Scottish Leaving Certificate Examination, 1956
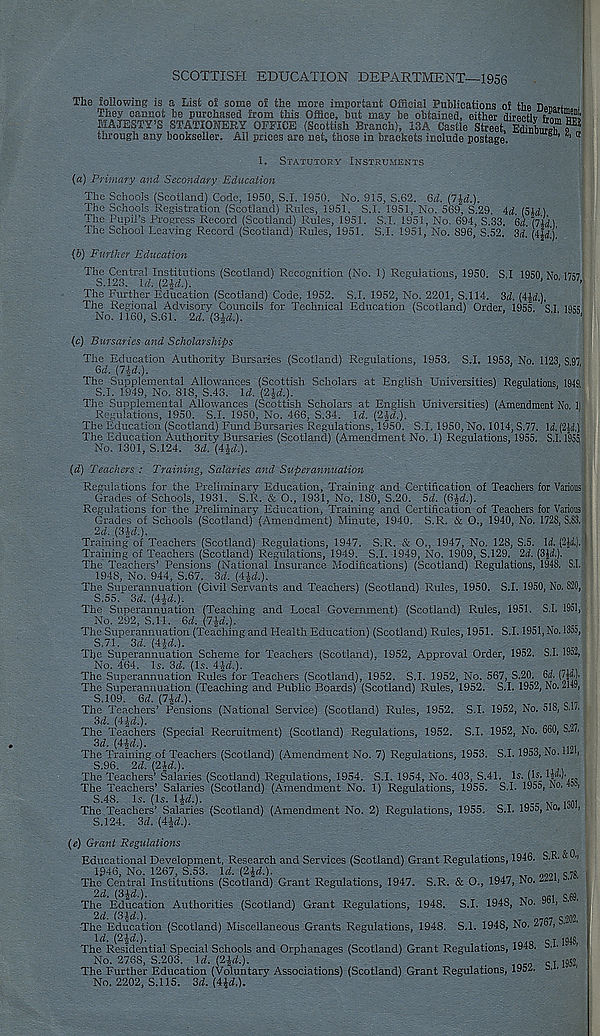
SCOTTISH EDUCATION DEPARTMENT—1956
The Jollowing Is a List oi some o£ the more important OiScial Publications oS the Honaru ,
ihey cannot be purchased Jrom this Office, but may be obtained, either directlv Sum
MAJESTY’S STATIONERY OFFICE (Scottish Branch), ISA Castle Street. EdinC^ o®
2
tnrough any bookseller. All prices are net, those in brackets include postage.
s , o
1.
STATUTORY INSTRUMENTS
(a) Primary and Secondary Education
The Schools (Scotland) Code, 1950, S.I. 1950. No. 915, S.62. Qd. (7^.).
The Schools Registration (Scotland) Rules, 1951. S.I. 1951, No. 569, S.29. Ad. (5y)
The Pupil’s Progress Record (Scotland) Rules, 1951. S.I. 1951, No. 694, S.33. Gd. ril'd)
The School Leaving Record (Scotland) Rules, 1951. S.I. 1951, No. 896, S.52. 3rf’
‘
{b) Further Education
The Central Institutions (Scotland) Recognition (No. 1) Regulations, 1950. S.I 1950 No. 1757
S.12o. \d. {2^d.).
1
The Further Education (Scotland) Code. 1952. S.I. 1952, No. 2201, S.I 14. 3d. (4^.).
The Regional Advisory Councils for Technical Education (Scotland) Order, 1955. SI 1955
No. 1160, S.61. 2d. (Sid.).
‘
1
(c)
Bursaries and Scholarships
The Education Authority Bursaries (Scotland) Regulations, 1953. S.I. 1953, No. 1123, S.97.
Qd. {l\d.).
The Supplemental Allowances (Scottish Scholars at English Universities) Regulations. 1949
S.I. 1949, No. 818, S.43. Id. (2^.).
The Supplemental Allowances (Scottish Scholars at English Universities) (Amendment No. 1)
Regulations, 1950. S.I. 1950, No. 466, S.34. Id. (2|-<2.).
The Education (Scotland) Fund Bursaries Regulations, 1950. S.I. 1950, No. 1014, S.77. \d. (2\d.)
The Education Authority Bursaries (Scotland) (Amendment No. 1) Regulations, 1955. S.I. 1955,
No. 1301, S.124. 3d. (4^.).
(d)
Teachers : Training, Salaries and Superannuation
Regulations for the Preliminary Education, Training and Certification of Teachers for Various
Grades of Schools, 1931. S.R. & O., 1931, No. 180, S.20. 5d. (GU.).
Regulations for the Preliminary Education, Training and Certification of Teachers for Various:
Grades of Schools (Scotland) (Amendment) Minute, 1940. S.R. & O., 1940, No. 1728, S.83.1
2d. (3id.).
Training of Teachers (Scotland) Regulations, 1947. S.R. & O., 1947, No. 128, S.5. Id. (2U). !
Training of Teachers (Scotland) Regulations, 1949. S.I. 1949, No. 1909, S.129. 2d. (3$<i).
The Teachers’ Pensions (National Insurance Modifications) (Scotland) Regulations, 1948. S.I,
1948, No. 944, S.67. 3d. (4id.).
The Superannuation (Civil Servants and Teachers) (Scotland) Rules, 1950. S.I. 1950, No. 820,
S.55. 3d. (4id.).
The Superannuation (Teaching and Local Government) (Scotland) Rules, 1951. S.I, 1951,
No. 292, S.ll. 6d. (7id.).
The Superannuation (Teaching and Plealth Education) (Scotland) Rules, 1951. S.I. 1951, No. 1355,
S.71. 3d. (Aid.).
The Superannuation Scheme for Teachers (Scotland), 1952, Approval Order, 1952. S.I. 1952,
No. 464. 15. 3d. (Is. 4-^.).
The Superannuation Rules for Teachers (Scotland), 1952. S.I. 1952, No. 567, S.20. 6^. (7U).
The Superannuation (Teaching and Public Boards) (Scotland) Rules, 1952. S.I. 1952, No. 2149,
S.109. 6d.{7id.).
. c1 _
The Teachers’ Pensions (National Service) (Scotland) Rules, 1952. S.I. 1952, No. 518, S.I/.
3d. (Al-d.).
The Teachers (Special Recruitment) (Scotland) Regulations, 1952. S.I. 1952, No. 660, S.27,
3^. (Aid.).
, T mi
The Training of Teachers (Scotland) (Amendment No. 7) Regulations, 1953. S.1.1953, No.
S.96. 2d.(2id.).
The Teachers’ Salaries (Scotland) Regulations, 1954. S.I. 1954, No. 403, S.41. Is. (Is. 1|“*)- .
The Teachers’ Salaries (Scotland) (Amendment No. 1) Regulations, 1955. S.I. 1955, JNo. 40,
S.48. Is. (Is. 1£<L).
.nni
The Teachers’ Salaries (Scotland) (Amendment No. 2) Regulations, 1955, S.I. 1955, ho.
,
S.124. 3d. (Aid.).
(e)
Grant Regulations
Educational Development, Research and Services (Scotland) Grant Regulations, 1946. S.R. &0.,
1946, No. 1267, S.53. Id. (2^.).
T
q78
The Central Institutions (Scotland) Grant Regulations, 1947. S.R. & O., 1947, No.
2d. (3id.).
c CQ
The Education Authorities (Scotland) Grant Regulations, 1948. S.I. 1948, No. yoh
2d. (3id.).
on an <^202.
The Education (Scotland) Miscellaneous Grants Regulations, 1948. S.I. 1948, No. 2/o/,
Id. (2id.).
q r 1948
The Residential Special Schools and Orphanages (Scotland) Grant Regulations, 1948. 8- •
No. 2768, S.203. \d. (2U.).
.
inc0 q T ,952,
The Further Education (Voluntary Associations) (Scotland) Grant Regulations, 195^*
*
No. 2202, S.I 15. 3d. (Aid,).